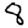
Digit: 8